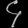
Digit: ၄